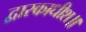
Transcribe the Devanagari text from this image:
द्वारकाधीश॥